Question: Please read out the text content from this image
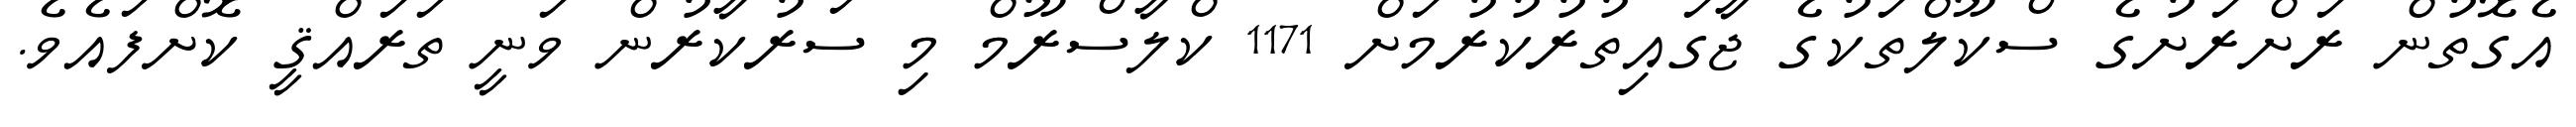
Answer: އެގޮތުން ރަށްރަށުގެ ސްކޫލްތަކުގެ ޖާގައިތުރުކުރުމަށް 1171 ކްލާސްރޫމް މި ސަރުކާރުން ވަނީ ތަރައްޤީ ކޮށްފައެވެ.